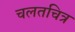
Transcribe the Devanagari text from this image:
चलतचित्र